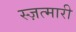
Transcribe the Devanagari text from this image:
स्ज़त्मारी